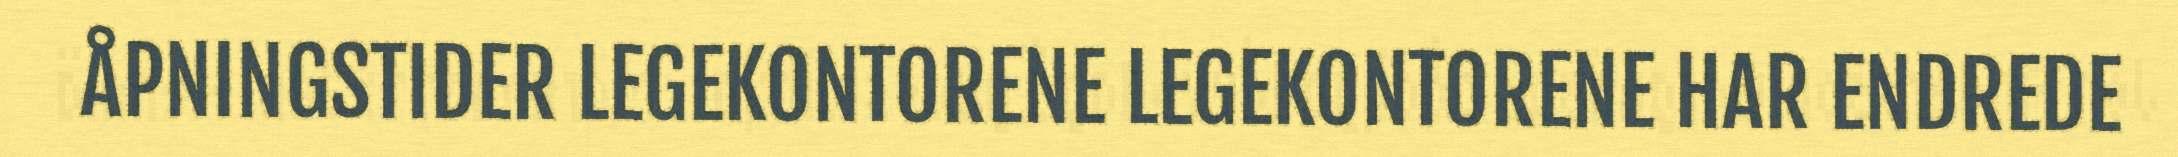
ÅPNINGSTIDER LEGEKONTORENE LEGEKONTORENE HAR ENDREDE